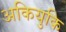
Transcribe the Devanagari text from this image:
अकियुकि